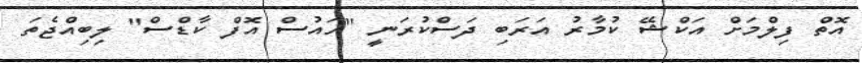
އޮތް ފިލްމަށް އަކްޝޭ ކުމާރު އަރަބި ދަސްކުރަނީ "ހައުސް އޮފް ކާޑްސް" ލިބިއްޖެތަ